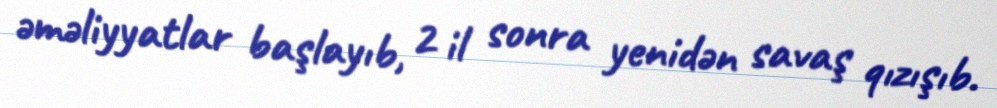
əməliyyatlar başlayıb, 2 il sonra yenidən savaş qızışıb.